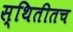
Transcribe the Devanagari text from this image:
स्थितीतच